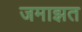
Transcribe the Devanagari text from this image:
जमाझत